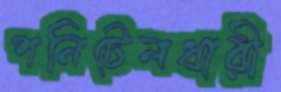
পনিটেলধারী